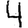
Digit: 4